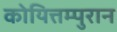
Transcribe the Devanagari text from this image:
कोयित्तम्पुरान